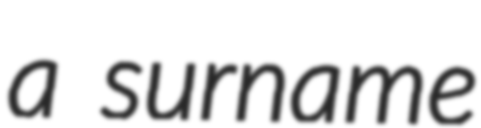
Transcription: a surname